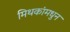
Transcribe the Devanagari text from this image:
मिथकांमधुन